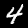
Label: 4